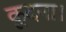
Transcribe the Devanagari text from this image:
कूदना।